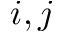
i , j